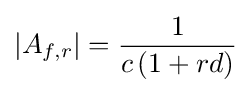
|A_{f,r}|={\frac {1}{c\,(1+rd)}}